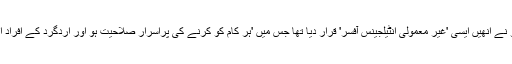
اس موقع پر پومپیو نے انھیں ایسی 'غیر معمولی انٹیلجینس آفسر' قرار دیا تھا جس میں 'ہر کام کو کرنے کی پراسرار صلاحیت ہو اور اردگرد کے افراد اُس سے متاثر ہوں۔